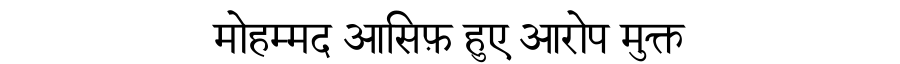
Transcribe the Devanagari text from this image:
मोहम्मद आसिफ़ हुए आरोप मुक्त